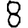
Digit: 8